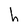
Character: h